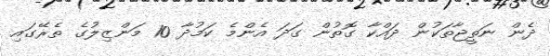
ދެން ނަތީޖާތަކުން ދައްކާ ގޮތުން ގަދަ އެންމެ ކަމުދާ 10 މަންޒިލުގެ ތެރޭގައި